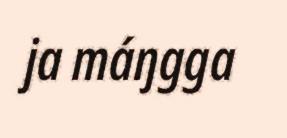
ja máŋgga